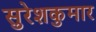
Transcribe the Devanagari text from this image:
सुरेशकुमार